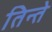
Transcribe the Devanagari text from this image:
तिन्ते